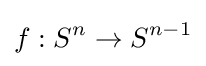
f:S^{n}\to S^{n-1}